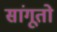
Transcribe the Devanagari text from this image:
सांगूतो